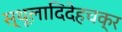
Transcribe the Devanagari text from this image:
स्थूलादिदेहचक्र